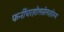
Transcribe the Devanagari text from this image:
फर्नीचरहोलसेलशोरूम